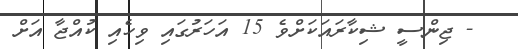
- ޖިންސީ ޝިކާރައަކަށްވެ 15 އަހަރުގައި ވިހެއި ކުއްޖާ އަށް